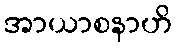
အာယာစနာဟိ